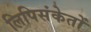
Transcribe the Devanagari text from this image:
लिपिसंकेतों